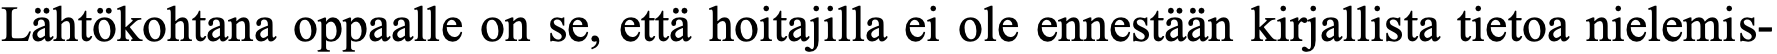
Lähtökohtana oppaalle on se, että hoitajilla ei ole ennestään kirjallista tietoa nielemis-